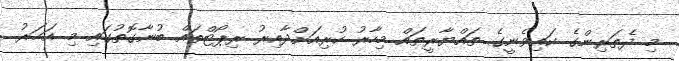
މި ދެތަރިންގެ ކައިވެނީގެ ތައްޔާރީތައް މިހާރު ކުރިއަށްދާއިރު ރިޕޯޓްތައް ބުނާގޮތުގައި މި އަހަރު